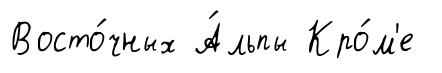
Восто́чных А́льпы Кро́м'е